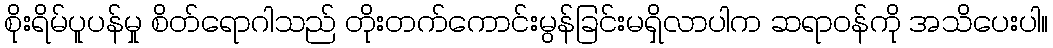
စိုးရိမ်ပူပန်မှု စိတ်ရောဂါသည် တိုးတက်ကောင်းမွန်ခြင်းမရှိလာပါက ဆရာဝန်ကို အသိပေးပါ။